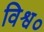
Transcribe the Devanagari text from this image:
विश्व०